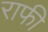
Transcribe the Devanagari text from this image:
राफी